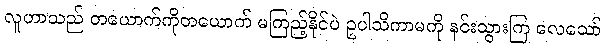
လူဟာသည် တယောက်ကိုတယောက် မကြည့်နိုင်ပဲ ဥပါသိကာမကို နင်းသွားကြ လေသော်